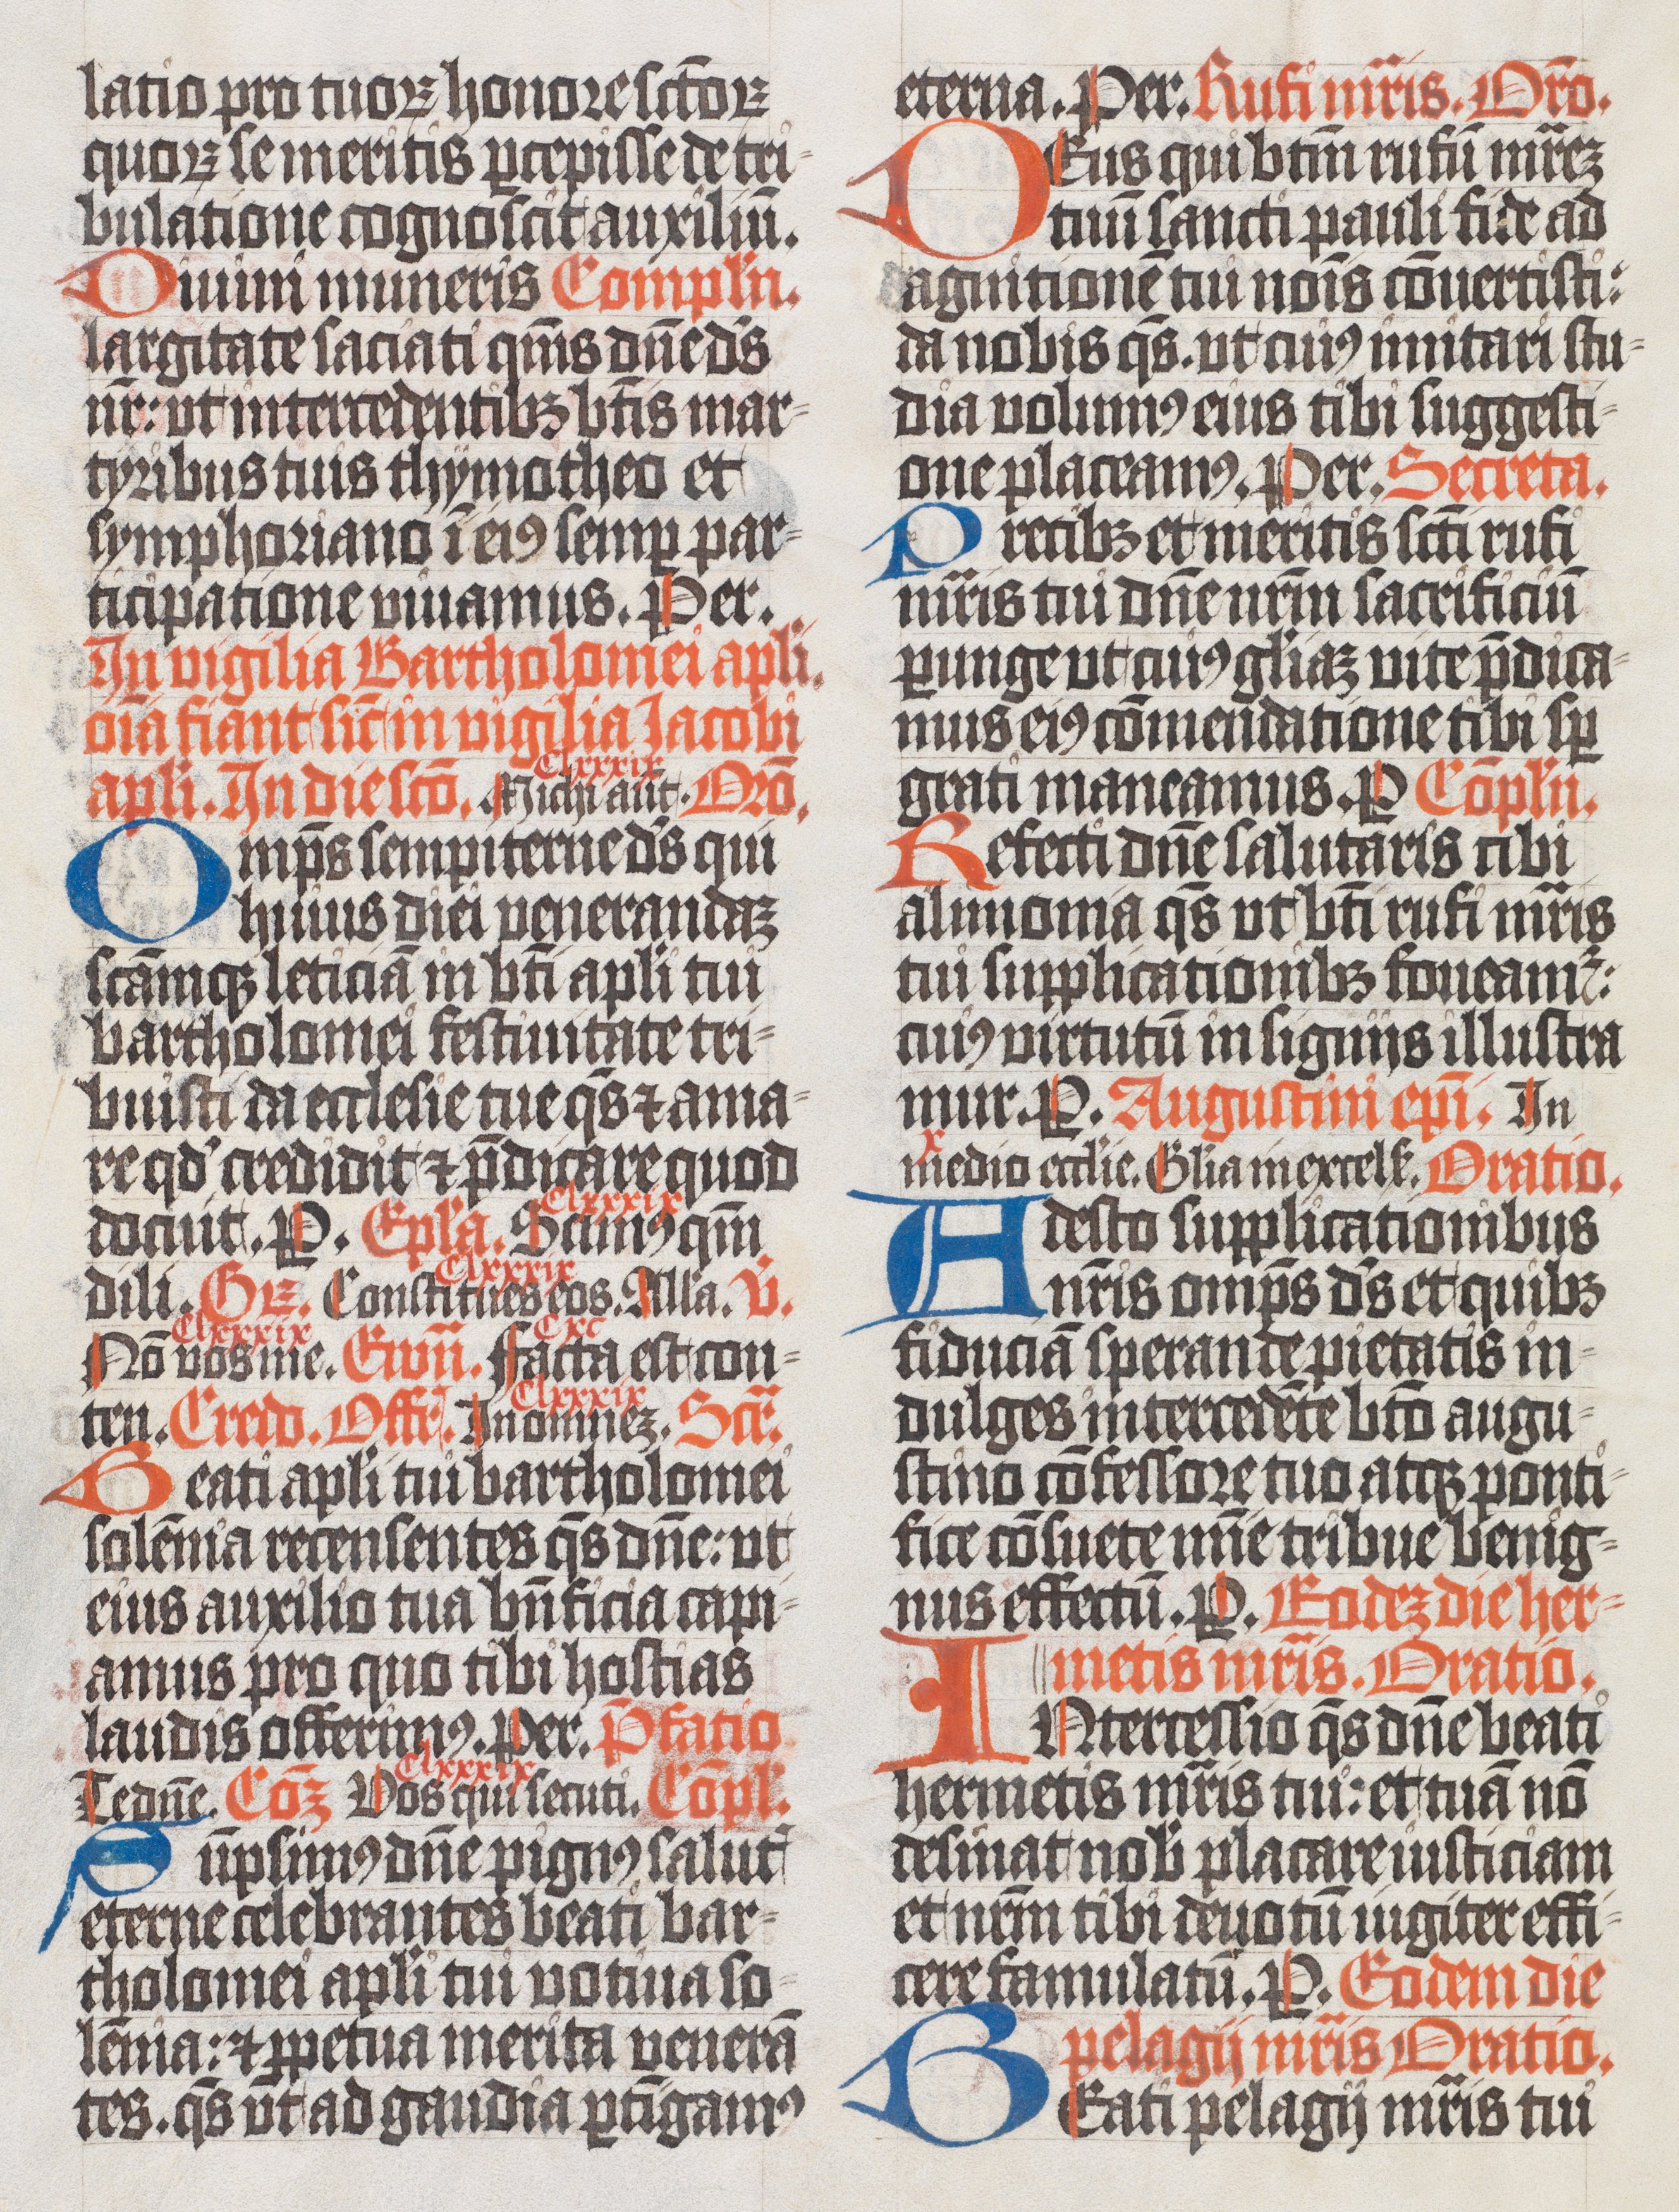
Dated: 1400–1499